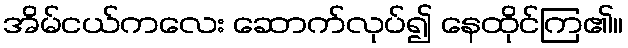
အိမ်ငယ်ကလေး ဆောက်လုပ်၍ နေထိုင်ကြ၏။